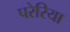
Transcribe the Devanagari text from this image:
परेरिया